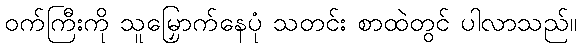
ဝက်ကြီးကို သူမြှောက်နေပုံ သတင်း စာထဲတွင် ပါလာသည်။